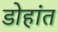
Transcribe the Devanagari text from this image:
डोहांत